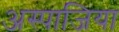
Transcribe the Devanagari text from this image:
अस्पाजिया